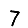
Digit: 7